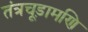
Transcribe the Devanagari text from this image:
तंत्रचूड़ामणि